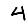
Digit: 4